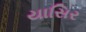
યાસિર